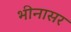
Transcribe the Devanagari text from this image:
भीनासर